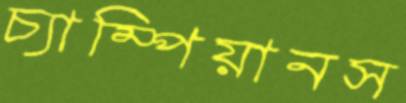
চ্যাম্পিয়ানস